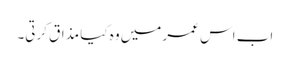
اب اس عمر میں وہ کیا مذاق کرتی۔